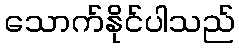
သောက်နိုင်ပါသည်